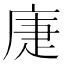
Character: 𢈻